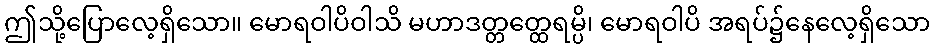
ဤသို့ပြောလေ့ရှိသော။ မောရဝါပိဝါသိ မဟာဒတ္တတ္ထေရမ္ပိ၊ မောရဝါပိ အရပ်၌နေလေ့ရှိသော